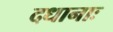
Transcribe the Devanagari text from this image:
दधानाः